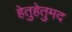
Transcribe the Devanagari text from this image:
हेतुहेतुमद